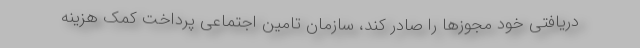
دریافتی خود مجوزها را صادر کند، سازمان تامین اجتماعی پرداخت کمک هزینه